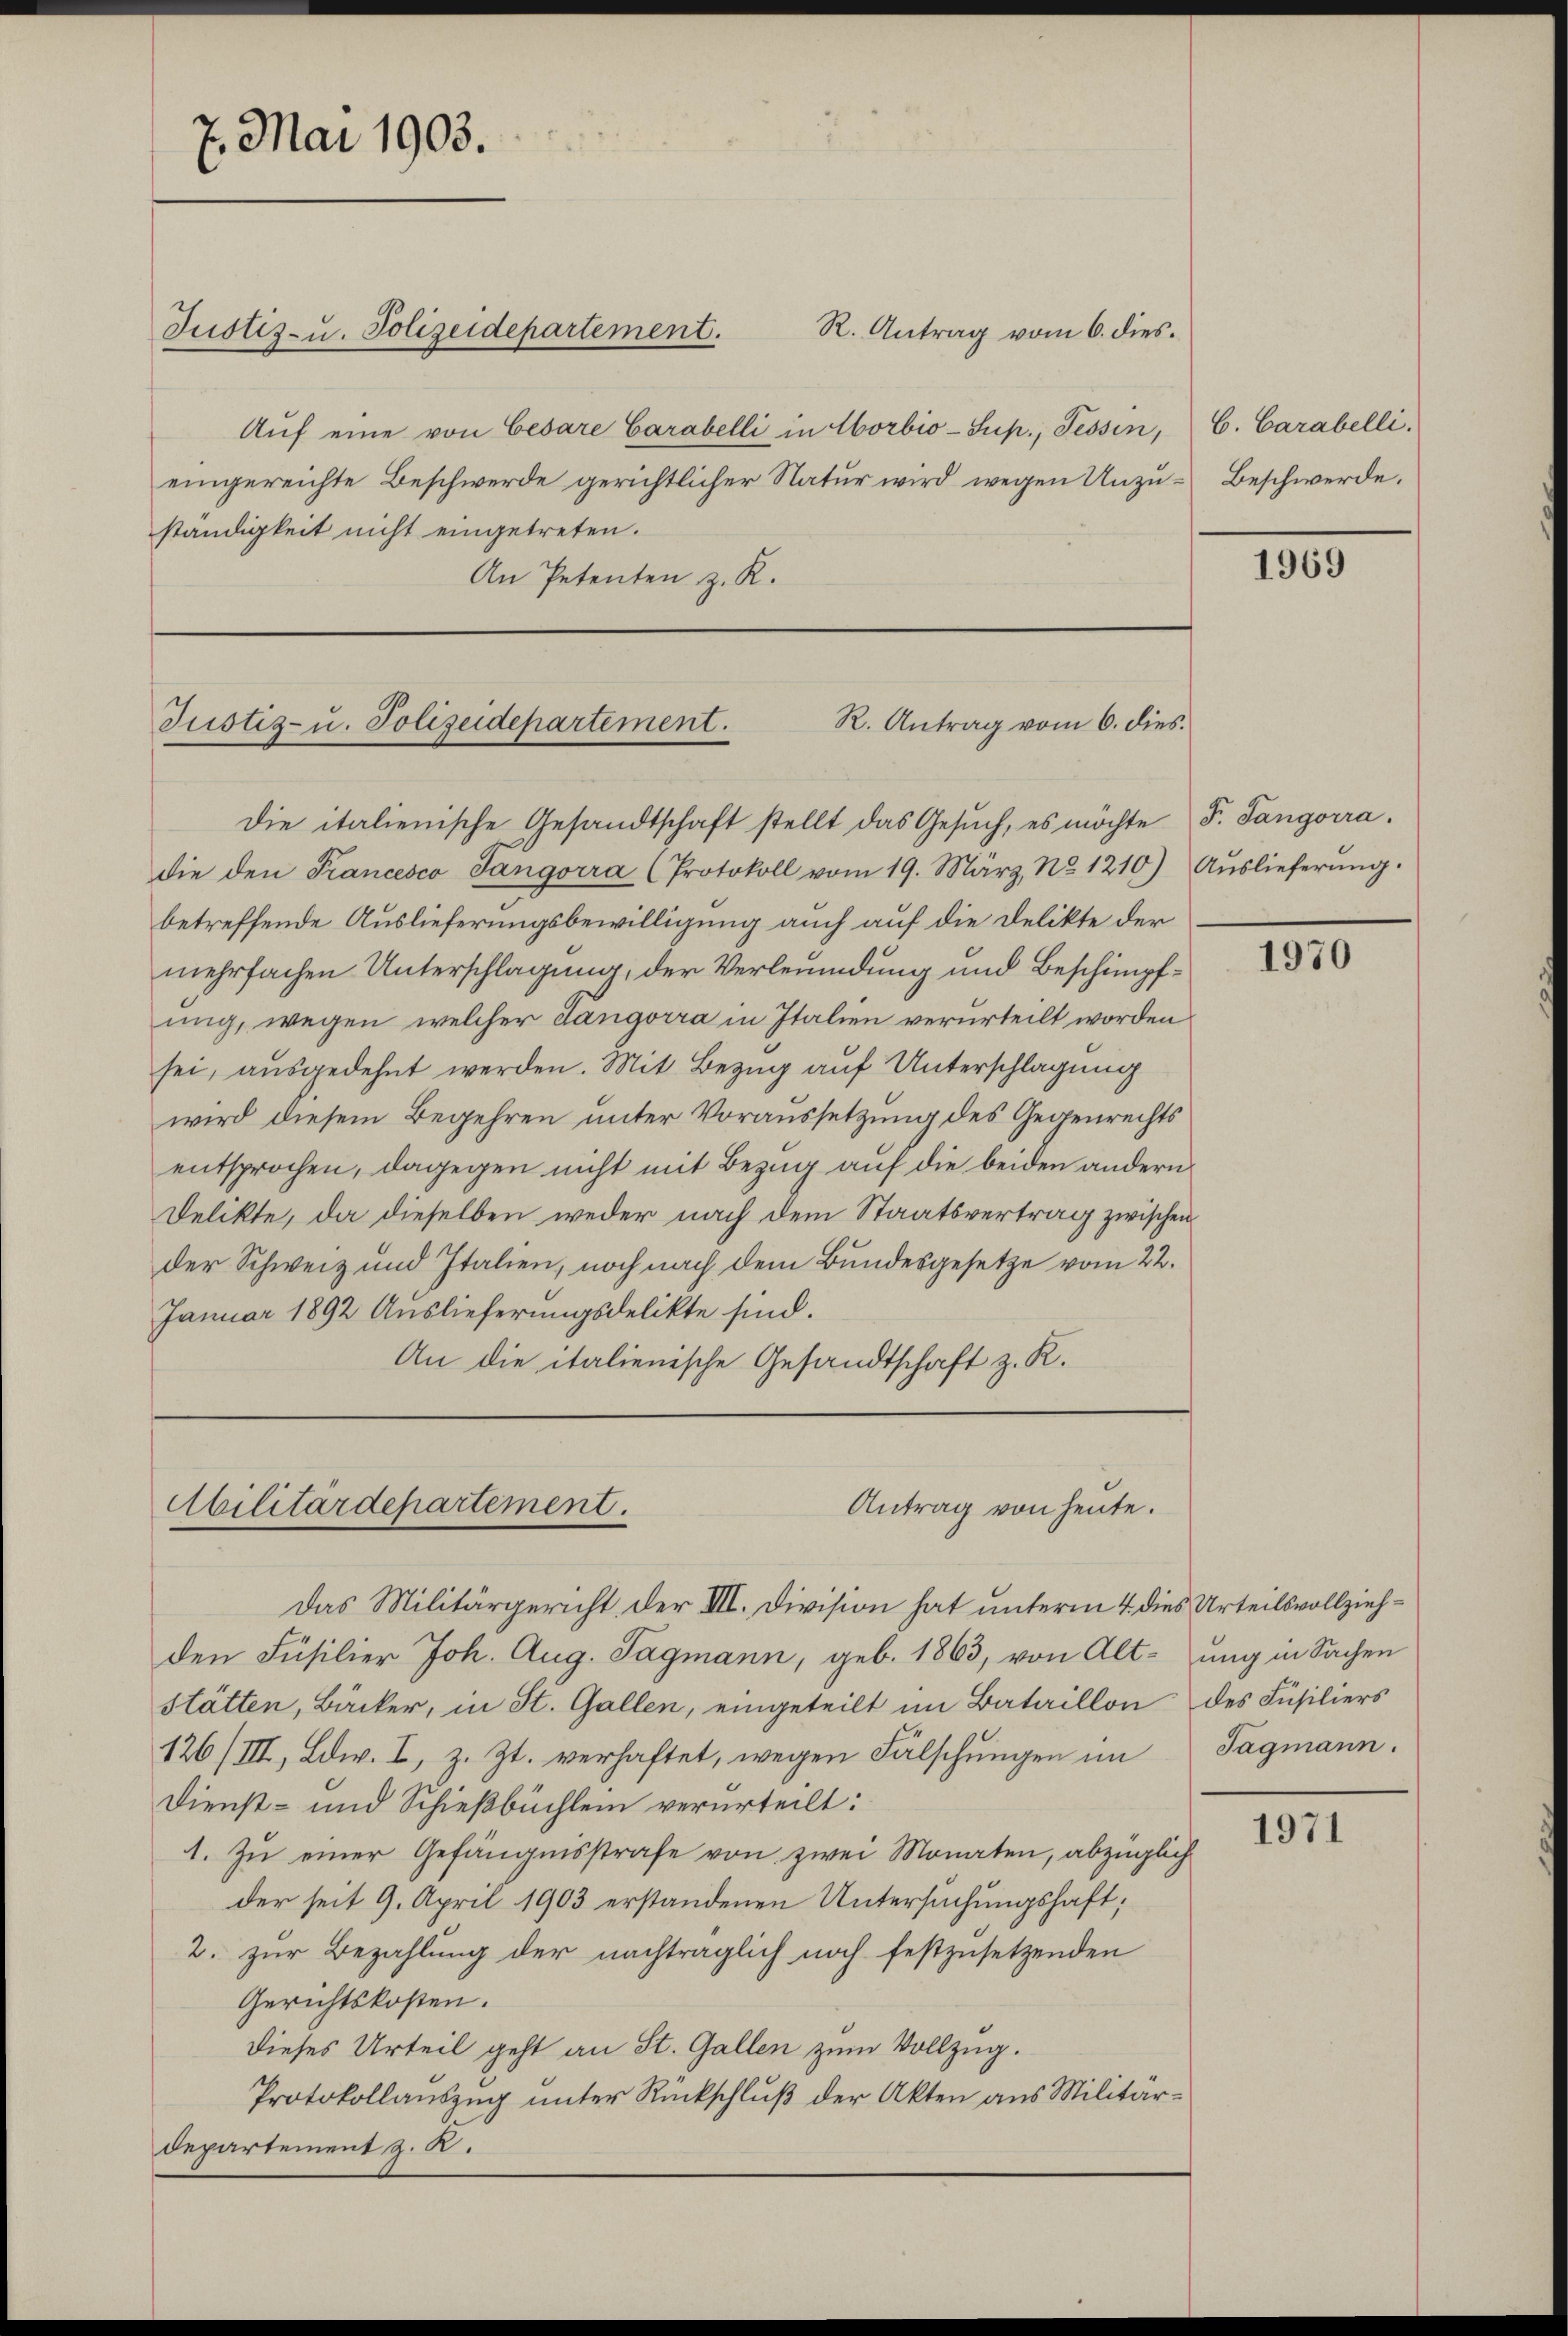
Aŭf eine von Cesare Carabelli in Horbio-Sup., Tessin, C. Carabelli.
eingereichte Beschwerde gerichtlicher Natur wird wegen Unzu- Beschwerde,
ständigkeit nicht eingetreten.
An Petenten z. K.

7. Mai 1903.

Justiz- u. Polizeidepartement.

R. Antrag vom 6. dies¬

R. Antrag vom 6. dies.
Justiz- u. Polizeidepartement.

die italienische Gesandtschaft stellt das Gesŭch, es möchte F. Sangorra
die den Francesco Tangorra (Protokoll vom 19. März, No 1210) Aŭslieferŭng.
betreffende Auslieferungsbewilligung auch auf die Delikte der
mehrfachen Unterschlagung, der Verleidung und Beschimpfung, wegen welcher Langorra in Italien verurteilt worden
sei, ausgedehnt werden. Mit Bezug auf Unterschlagung
wird diesem Begehren unter Voraussetzung des Gegenrechts
entsprochen, dagegen nicht mit Bezug auf die beiden andern
Delikte, da dieselben weder nach dem Staatsvertrag zwischen
der Schweiz und Italien, noch nach dem Bundesgesetze vom 22.
Januar 1892 Auslieferungsdelikte sind.
An die italienische Gesandtschaft z. K.

Abilitärdepartement.
Antrag von heute.

Das Militärgericht, der III. Division hat unterm 4 dies Urteilsvollziehden Füsilier Joh. Aug. Tagmann, geb. 1863, von Alt-ung in Sachen
Stätten, Bäcker, in St. Gallen, eingeteilt im Bataillon des Füsiliers
126/III, Edw. I, z. Zt. verhaftet, wegen Fälschungen im Tagmann.
Dienst- und Schießbüchlein verurteilt:
1. Zu einer Gefängnisstrafe von zwei Monaten, abzüglich
der seit 9. April 1903 erstandenen Untersuchungshaft;
2. zur Bezahlung der nachträglich noch festzusetzenden
Gerichtskosten.
dieses Urteil geht an St. Gallen zum Vollzug.
Protokollauszug unter Rückschluß der Akten aus Militär¬
Departement z. K.

1969

1970

1971